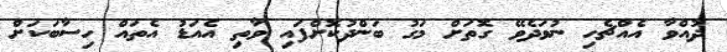
ދުއްވާ އެއްޗެހި ނުވަދެވޭ ގޮތަށް މަގު ބަންދުކޮށްފައި ވާތި އެއަޑު އެތައް ހިސާބަކަށް